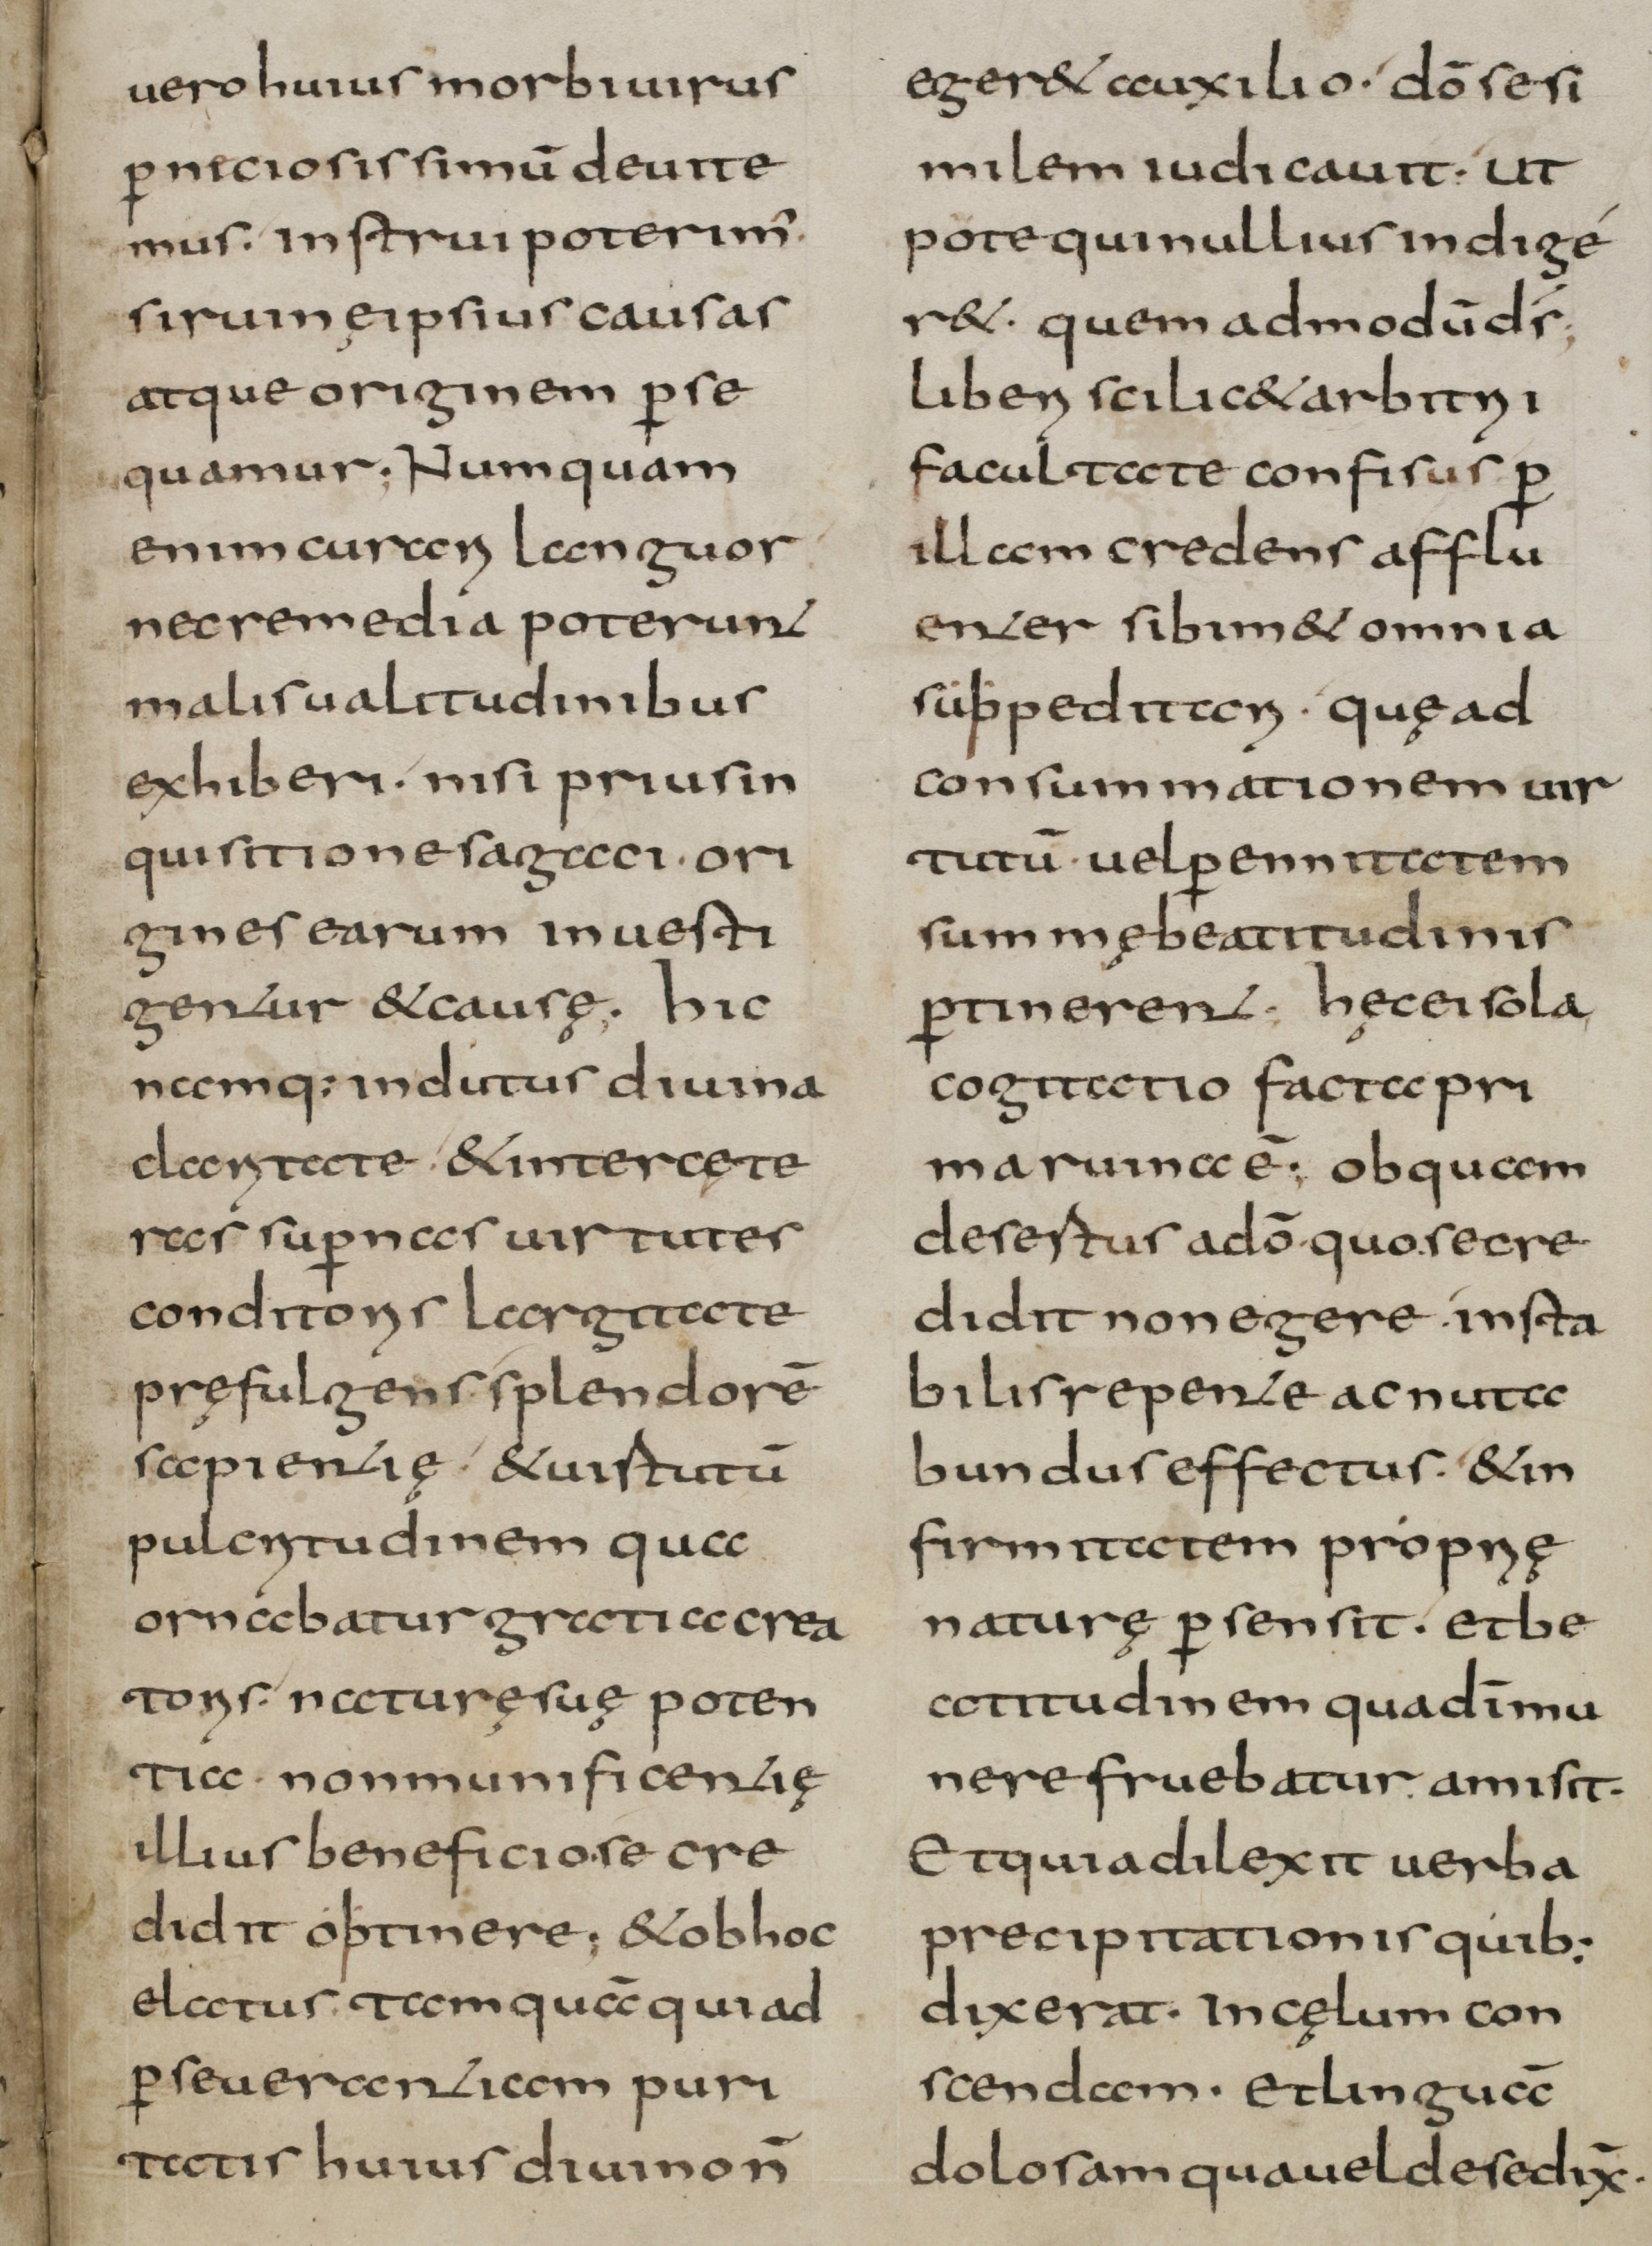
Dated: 800–832